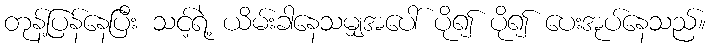
တုန့်ပြန်နေပြီး သင့်ရဲ့ ယိမ်းခါနေသမျှအပေါ် ပို၍ ပို၍ ပေးအုပ်နေသည်။